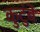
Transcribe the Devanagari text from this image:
कुटुंबें